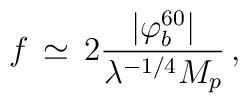
f \, \simeq \, 2{{|\varphi_b^{60}|} \over {\lambda^{-1/4} M_p}} \, ,